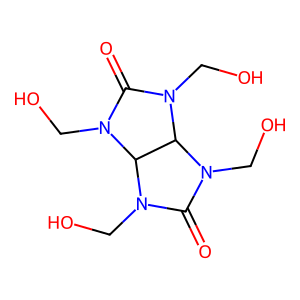
SMILES: O=C1N(CO)C2C(N1CO)N(CO)C(=O)N2CO
Inhibits HIV replication: No